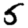
Digit: 5